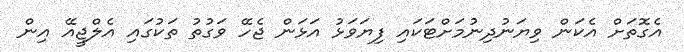
އެގޮތަށް އެކަން ވިޔަނުދިނުމަށްޓަކައި ފިޔަވަޅު އަޅަން ޖެހޭ ވަގުތު ތަކުގައި އެލްޖީއޭ އިން